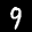
Label: 9